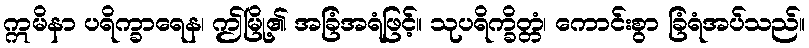
ဣမိနာ ပရိက္ခာရေန၊ ဤမြို့၏ အခြံအရံဖြင့်။ သုပရိက္ခိတ္တံ၊ ကောင်းစွာ ခြံရံအပ်သည်။